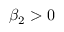
\beta _ { 2 } > 0